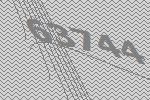
63744